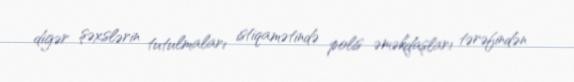
digər şəxslərin tutulmaları istiqamətində polis əməkdaşları tərəfindən